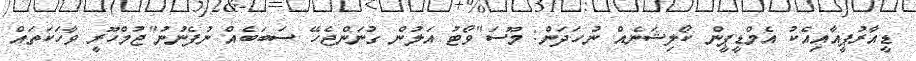
ޑީއާރުޕީއާއިއެކު އެމްޑީޕީން ކޯލިޝަނެއް ނުހަދަން: މޫސަ"ވޯޓު އަލުން ގުނަންޖެހޭ ސަބަބެއް ނުފެނުނު"ޖުމްހޫރީ ވާހަކަތައް